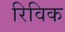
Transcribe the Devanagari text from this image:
रिविक